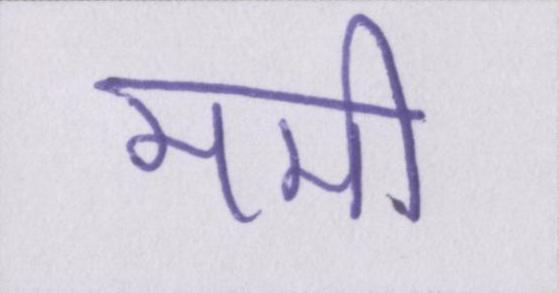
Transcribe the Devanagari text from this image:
ममी